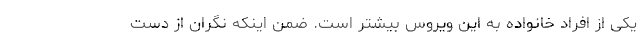
یکی از افراد خانواده به این ویروس بیشتر است. ضمن اینکه نگران از دست